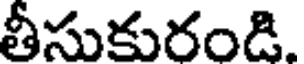
తీసుకురండి.